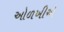
ઓળખીએ